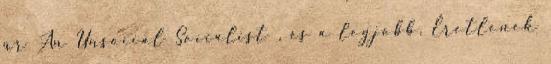
úr An Unsocial Socialist , és a legjobb, Éretlenek